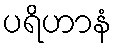
ပရိဟာနံ